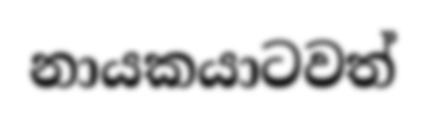
නායකයාටවත්